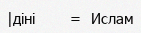
|діні       =  Ислам